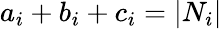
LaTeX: a_{i}+b_{i}+c_{i}=|N_{i}|